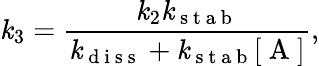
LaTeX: \mathit{k}_{3}=\frac{{\mathit{k}_{2}\mathit{k}_{\mathrm{{~s~t~a~b~}}}}}{{\mathit{k}_{\mathrm{{~d~i~s~s~}}}+\mathit{k}_{\mathrm{{~s~t~a~b~}}}[\mathrm{{~A~}}]}},